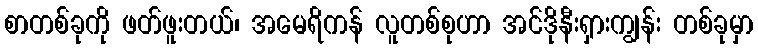
စာတစ်ခုကို ဖတ်ဖူးတယ်၊ အမေရိကန် လူတစ်စုဟာ အင်ဒိုနီးရှားကျွန်း တစ်ခုမှာ